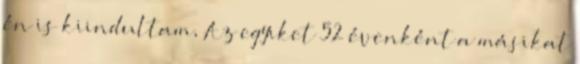
én is kiindultam, Az egyiket 52 évenként a másikat